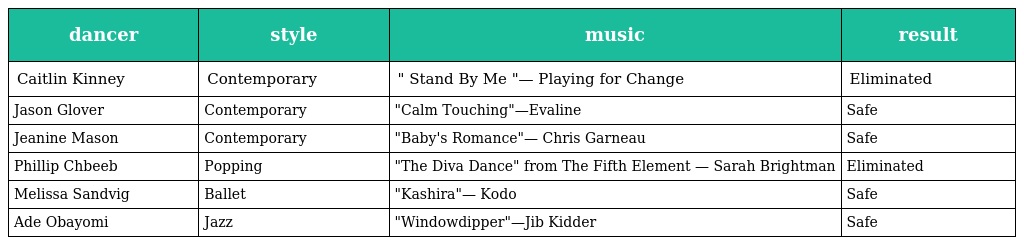
| dancer | style | music | result |
 | --- | --- | --- | --- |
 | Caitlin Kinney | Contemporary | " Stand By Me "— Playing for Change | Eliminated |
 | Jason Glover | Contemporary | "Calm Touching"—Evaline | Safe |
 | Jeanine Mason | Contemporary | "Baby's Romance"— Chris Garneau | Safe |
 | Phillip Chbeeb | Popping | "The Diva Dance" from The Fifth Element — Sarah Brightman | Eliminated |
 | Melissa Sandvig | Ballet | "Kashira"— Kodo | Safe |
 | Ade Obayomi | Jazz | "Windowdipper"—Jib Kidder | Safe |